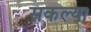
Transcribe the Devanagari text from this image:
सकल्या